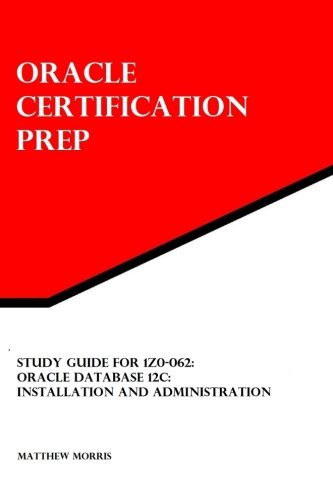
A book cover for Study Guide for 1Z0-062: Oracle Database 12c: Installation and Administration: Oracle Certification Prep; Matthew Morris; Computers & Technology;